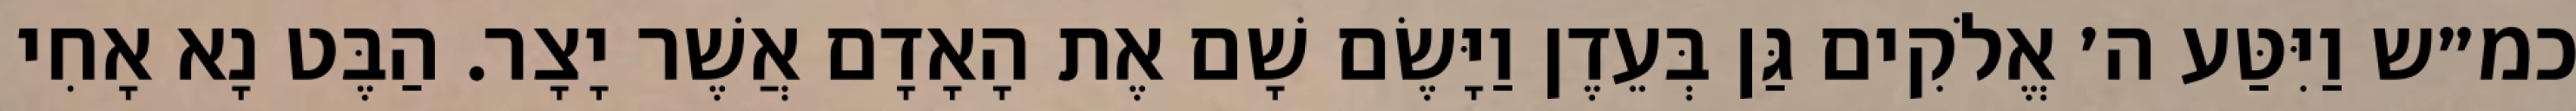
כמ״ש וַיִּטַּע ה׳ אֱלֹקִים גַּן בְּעֵדֶן וַיָּשֶׂם שָׁם אֶת הָאָדָם אֲשֶׁר יָצָר. הַבֶּט נָא אָחִי